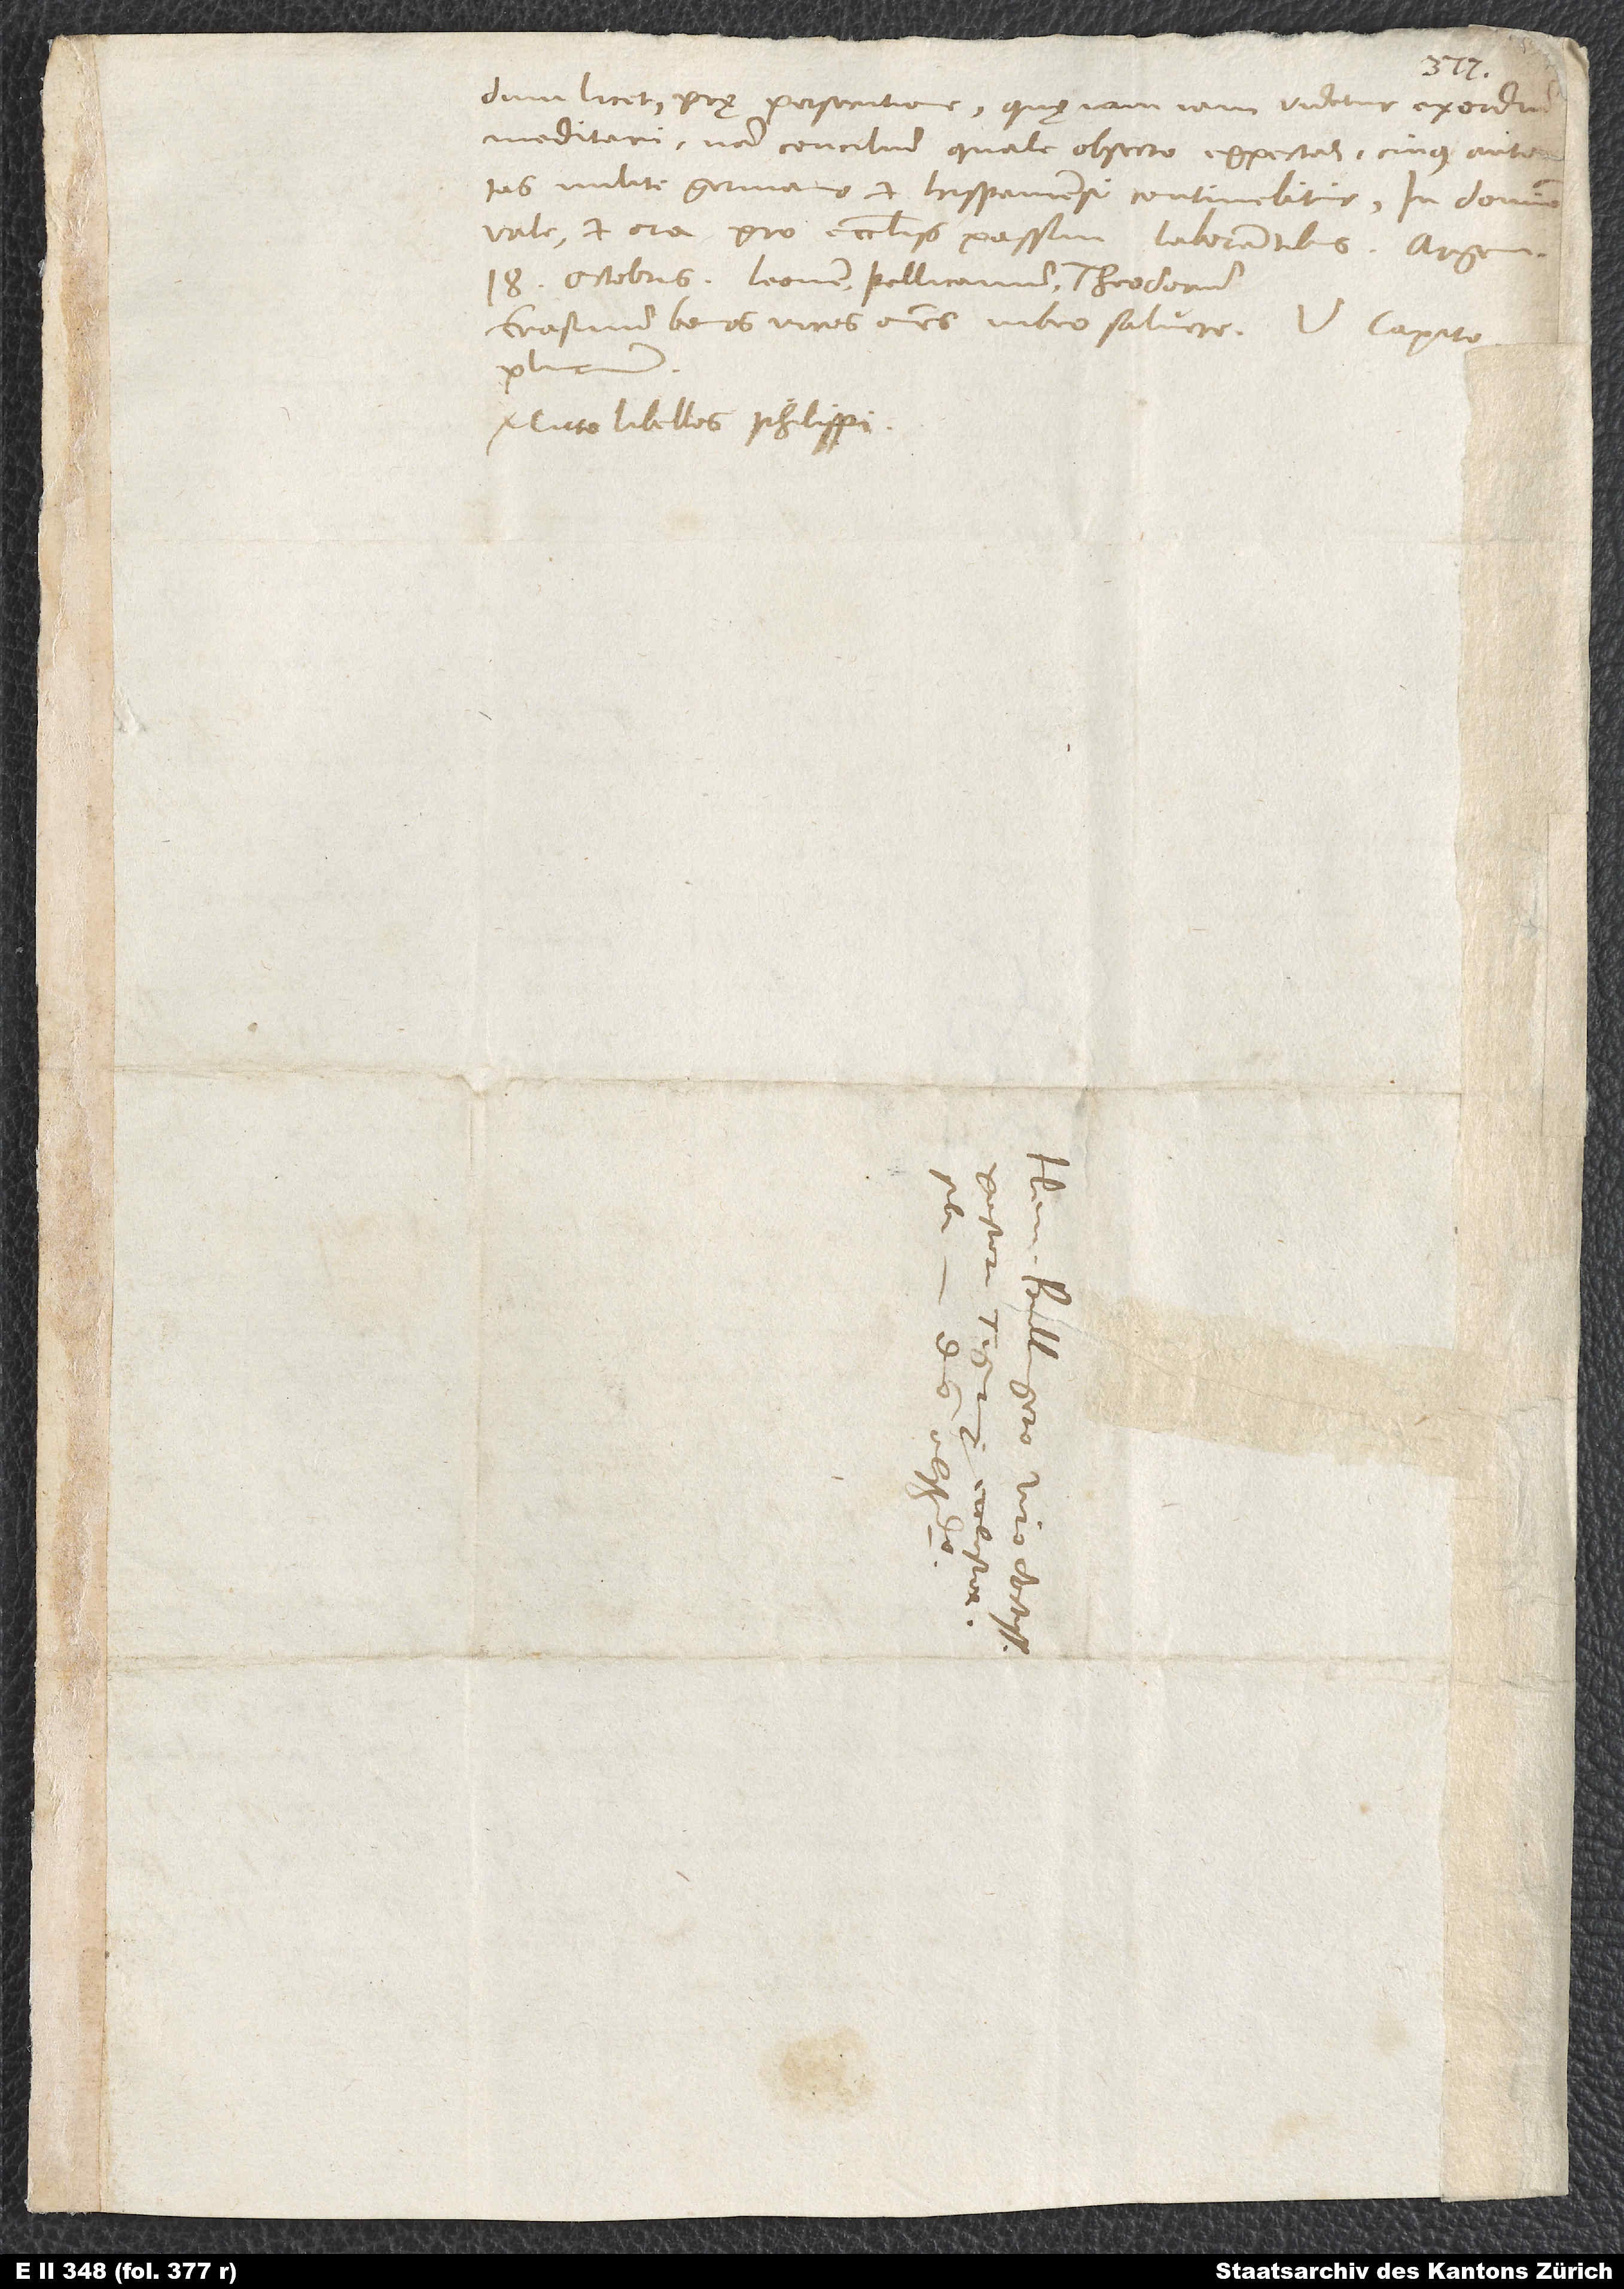
dum licet, prę persecutione, quę iam iam videtur exordium
meditari; nam concilium quale, obsecro, expectas, cuius autoritas
milite Germano et Hispaniensi continebitur? In domino
vale et ora pro ecclesiis passim laborantibus. Argen,
18. octobris. Leonem, Pellicanum, Theodorum,
Erasmum, bonos viros omnes iubeo salvere
plurimum.
Mitto libellos Philippi.